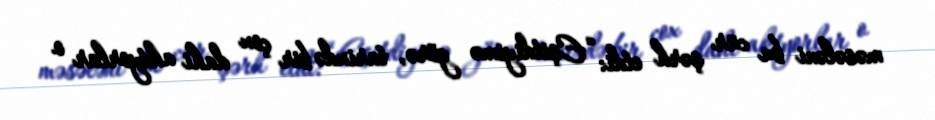
məsələni bu cür şərh etdi: “Eşitdiyimə görə, tarixdə bir çox dahi aktyorlar o